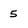
Character: 5